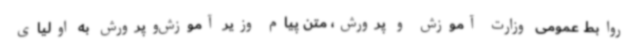
روابط عمومی وزارت آموزش و پرورش، متن پیام وزیر آموزش‌وپرورش به اولیای